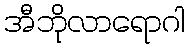
အီဘိုလာရောဂါ